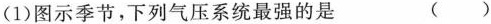
(1)图示季节，下列气压系统最强的是 ( )